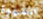
الشهوة